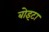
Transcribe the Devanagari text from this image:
बोइटा